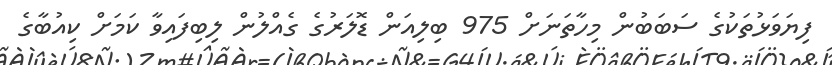
ފިޔަވަޅުތަކުގެ ސަބަބުން މިހާތަނަށް 975 ބިލިއަން ޑޮލަރުގެ ގެއްލުން ލިބިފައިވާ ކަމަށް ކިއުބާގެ